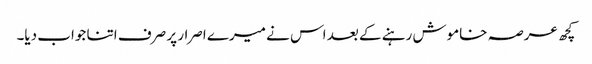
کچھ عرصہ خاموش رہنے کے بعد اس نے میرے اصرار پر صرف اتنا جواب دیا۔